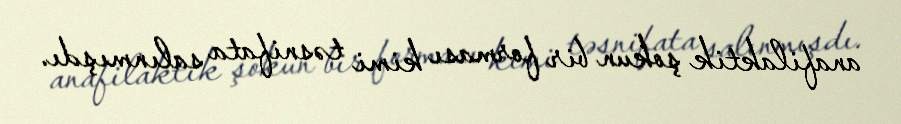
anafilaktik şokun bir forması kimi təsnifata salınmışdı.